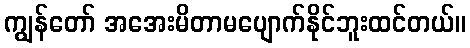
ကျွန်တော် အအေးမိတာမပျောက်နိုင်ဘူးထင်တယ်။